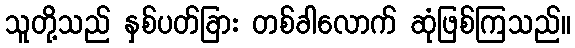
သူတို့သည် နှစ်ပတ်ခြား တစ်ခါလောက် ဆုံဖြစ်ကြသည်။